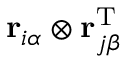
{ \bf r } _ { i \alpha } \otimes { \bf r } _ { j \beta } ^ { \mathrm { T } }